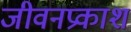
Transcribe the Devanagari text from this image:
जीवनप्रकाश